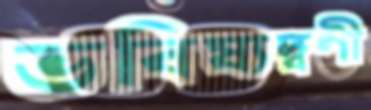
ভবিষ্যদ্বণী